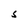
Character: S